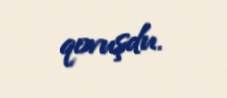
qovuşdu.